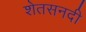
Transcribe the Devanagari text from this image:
शेतसनदी